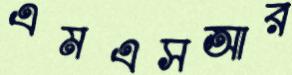
এমএসআর